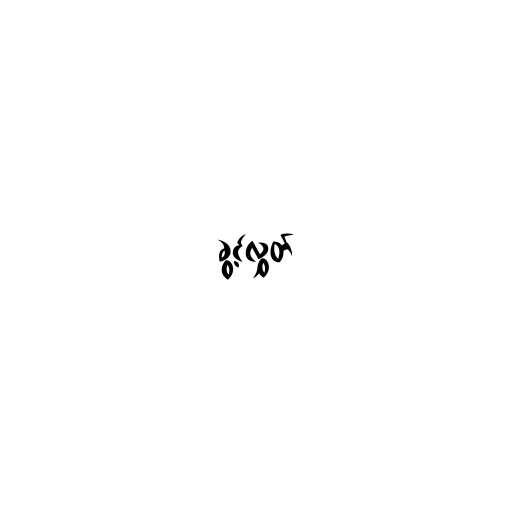
ခွင့်လွှတ်